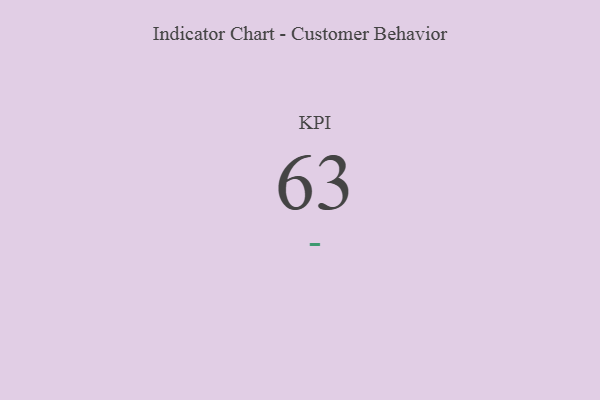
{"axis": {"x": "KPI", "y": "Value"}, "legend": [""], "data": [{"x": "KPI", "y": 63, "type": ""}]}